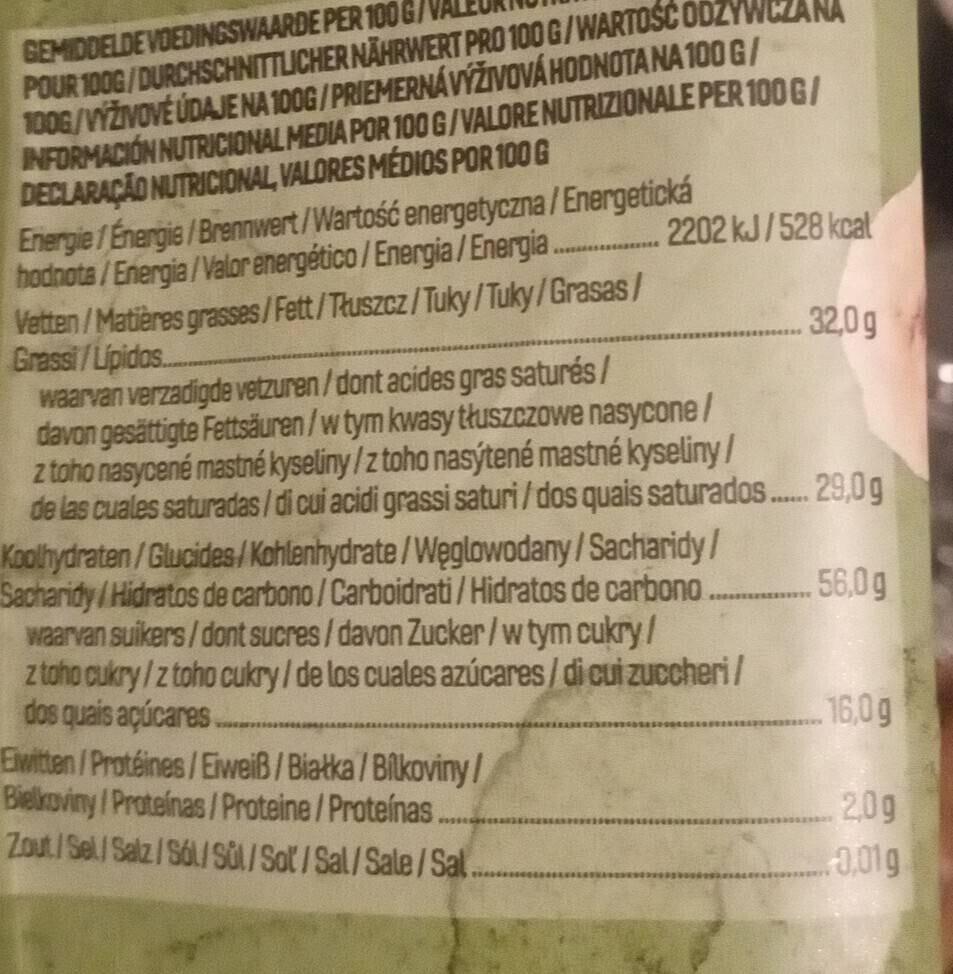
GEMIDDELDE VOEDINGSWAARDE PER 100 G/ POUR 100G/DURCHSCHNITTLICHER NÄHRWERT PRO 100G/WARTOŚĆ ODZYWCZANA 100G/VÝŽIVOVÉ ÚDAJE NA 100G / PRIEMERNÁ VÝŽIVOVÁ HODNOTA NA 100 G/ INFORMACION NUTRICIONAL MEDIA POR 100 G/VALORE NUTRIZIONALE PER 100 G/ DECLARAÇÃO NUTRICIONAL, VALORES MÉDIOS POR 100 G
Energie/Energie/Brennwert/Wartość energetyczna/Energetická hodnota/Energia/Valor energético/Energia/Energia
Vetten/Matières grasses/Fett/Tłuszcz/Tuky/Tuky/Grasas / Grassi/Lipidos...
******
2202 kJ/528 kcal
32,0g
waarvan verzadigde vetzuren/dont acides gras saturés/
davon gesättigte Fettsäuren/w tym kwasy tłuszczowe nasycone/ z toho nasycené mastné kyseliny/z toho nasýtené mastné kyseliny/ de las cuales saturadas/di cui acidi grassi saturi/dos quais saturados....... 29,0g
Sacharidy/
Koolhydraten/Glucides/Kohlenhydrate/Węglowodany/ Sacharidy/Hidratos de carbono/Carboidrati/Hidratos de carbono........ 56,0g waarvan suikers/dont sucres/davon Zucker/ w tym cukry /
z toho cukry/z toho cukry/de los cuales azúcares/ di cui zuccheri/ dos quais açúcares.
Eiwitten/Protéines/Eiweiß/Białka / Bilkoviny/ Bielkoviny/Proteínas/Proteine/Proteínas.
Zout/Sel/Salz/Sol/Sol/Sol/Sal/Sale/Sal.
16,0 g
2,0g
0,01g